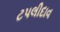
ટપલીદાવ